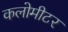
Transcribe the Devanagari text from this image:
कलोमीटर